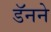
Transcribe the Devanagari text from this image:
डॅनने